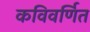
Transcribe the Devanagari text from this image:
कविवर्णित